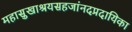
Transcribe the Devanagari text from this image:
महासुखाश्रयसहजांनदप्रदायिका